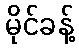
မိုင်ခန့်